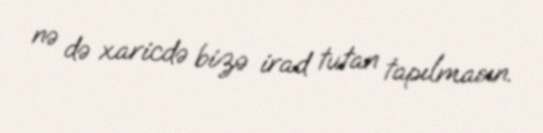
nə də xaricdə bizə irad tutan tapılmasın.